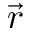
\vec { r }